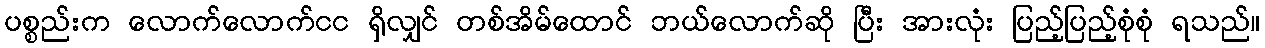
ပစ္စည်းက လောက်လောက်ငင ရှိလျှင် တစ်အိမ်ထောင် ဘယ်လောက်ဆို ပြီး အားလုံး ပြည့်ပြည့်စုံစုံ ရသည်။